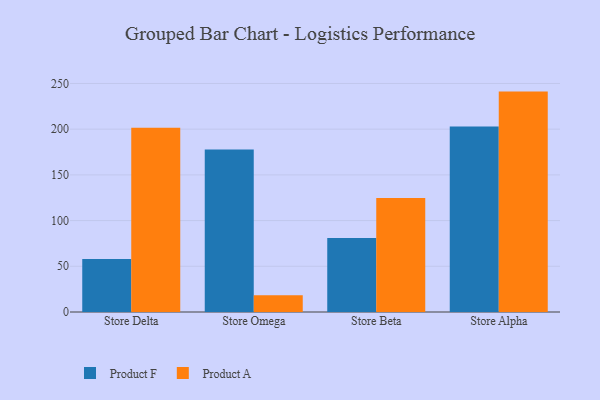
{"axis": {"x": "Store", "y": "Website Visitors"}, "legend": ["Product A", "Product F"], "data": [{"x": "Store Delta", "y": 58.1, "type": "Product F"}, {"x": "Store Delta", "y": 201.6, "type": "Product A"}, {"x": "Store Omega", "y": 177.7, "type": "Product F"}, {"x": "Store Omega", "y": 18.4, "type": "Product A"}, {"x": "Store Beta", "y": 80.9, "type": "Product F"}, {"x": "Store Beta", "y": 124.8, "type": "Product A"}, {"x": "Store Alpha", "y": 202.8, "type": "Product F"}, {"x": "Store Alpha", "y": 241.1, "type": "Product A"}]}